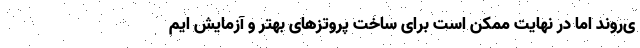
ی‌روند اما در نهایت ممکن است برای ساخت پروتزهای بهتر و آزمایش ایم